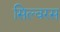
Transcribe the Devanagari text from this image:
सिल्वरस